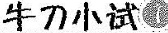
牛刀小试1